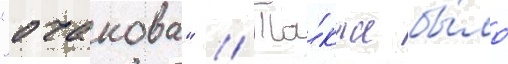
"очакова" // Та́кже бы́ло